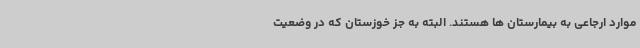
موارد ارجاعی به بیمارستان ها هستند. البته به جز خوزستان که در وضعیت